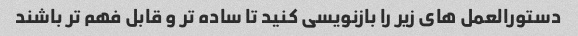
دستورالعمل های زیر را بازنویسی کنید تا ساده تر و قابل فهم تر باشند